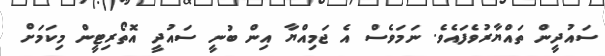
ސައުދީން ތައްޔާރުވެފައެވެ. ނަމަވެސް އެ ޖަމިއްޔާ އިން ބުނީ ސައުދީ އޮތޯރިޓީން މިކަމަށް